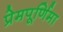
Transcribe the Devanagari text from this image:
प्रेमपूर्णिमा